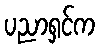
ပညာရှင်က